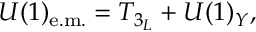
U ( 1 ) _ { \mathrm { e . m . } } = T _ { 3 _ { L } } + U ( 1 ) _ { Y } ,